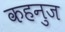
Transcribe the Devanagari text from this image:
कहनुज